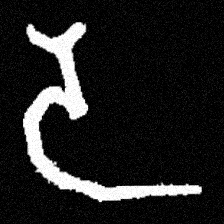
Pyu character \u2014 Myanmar letter: ဒ (romanized: da)